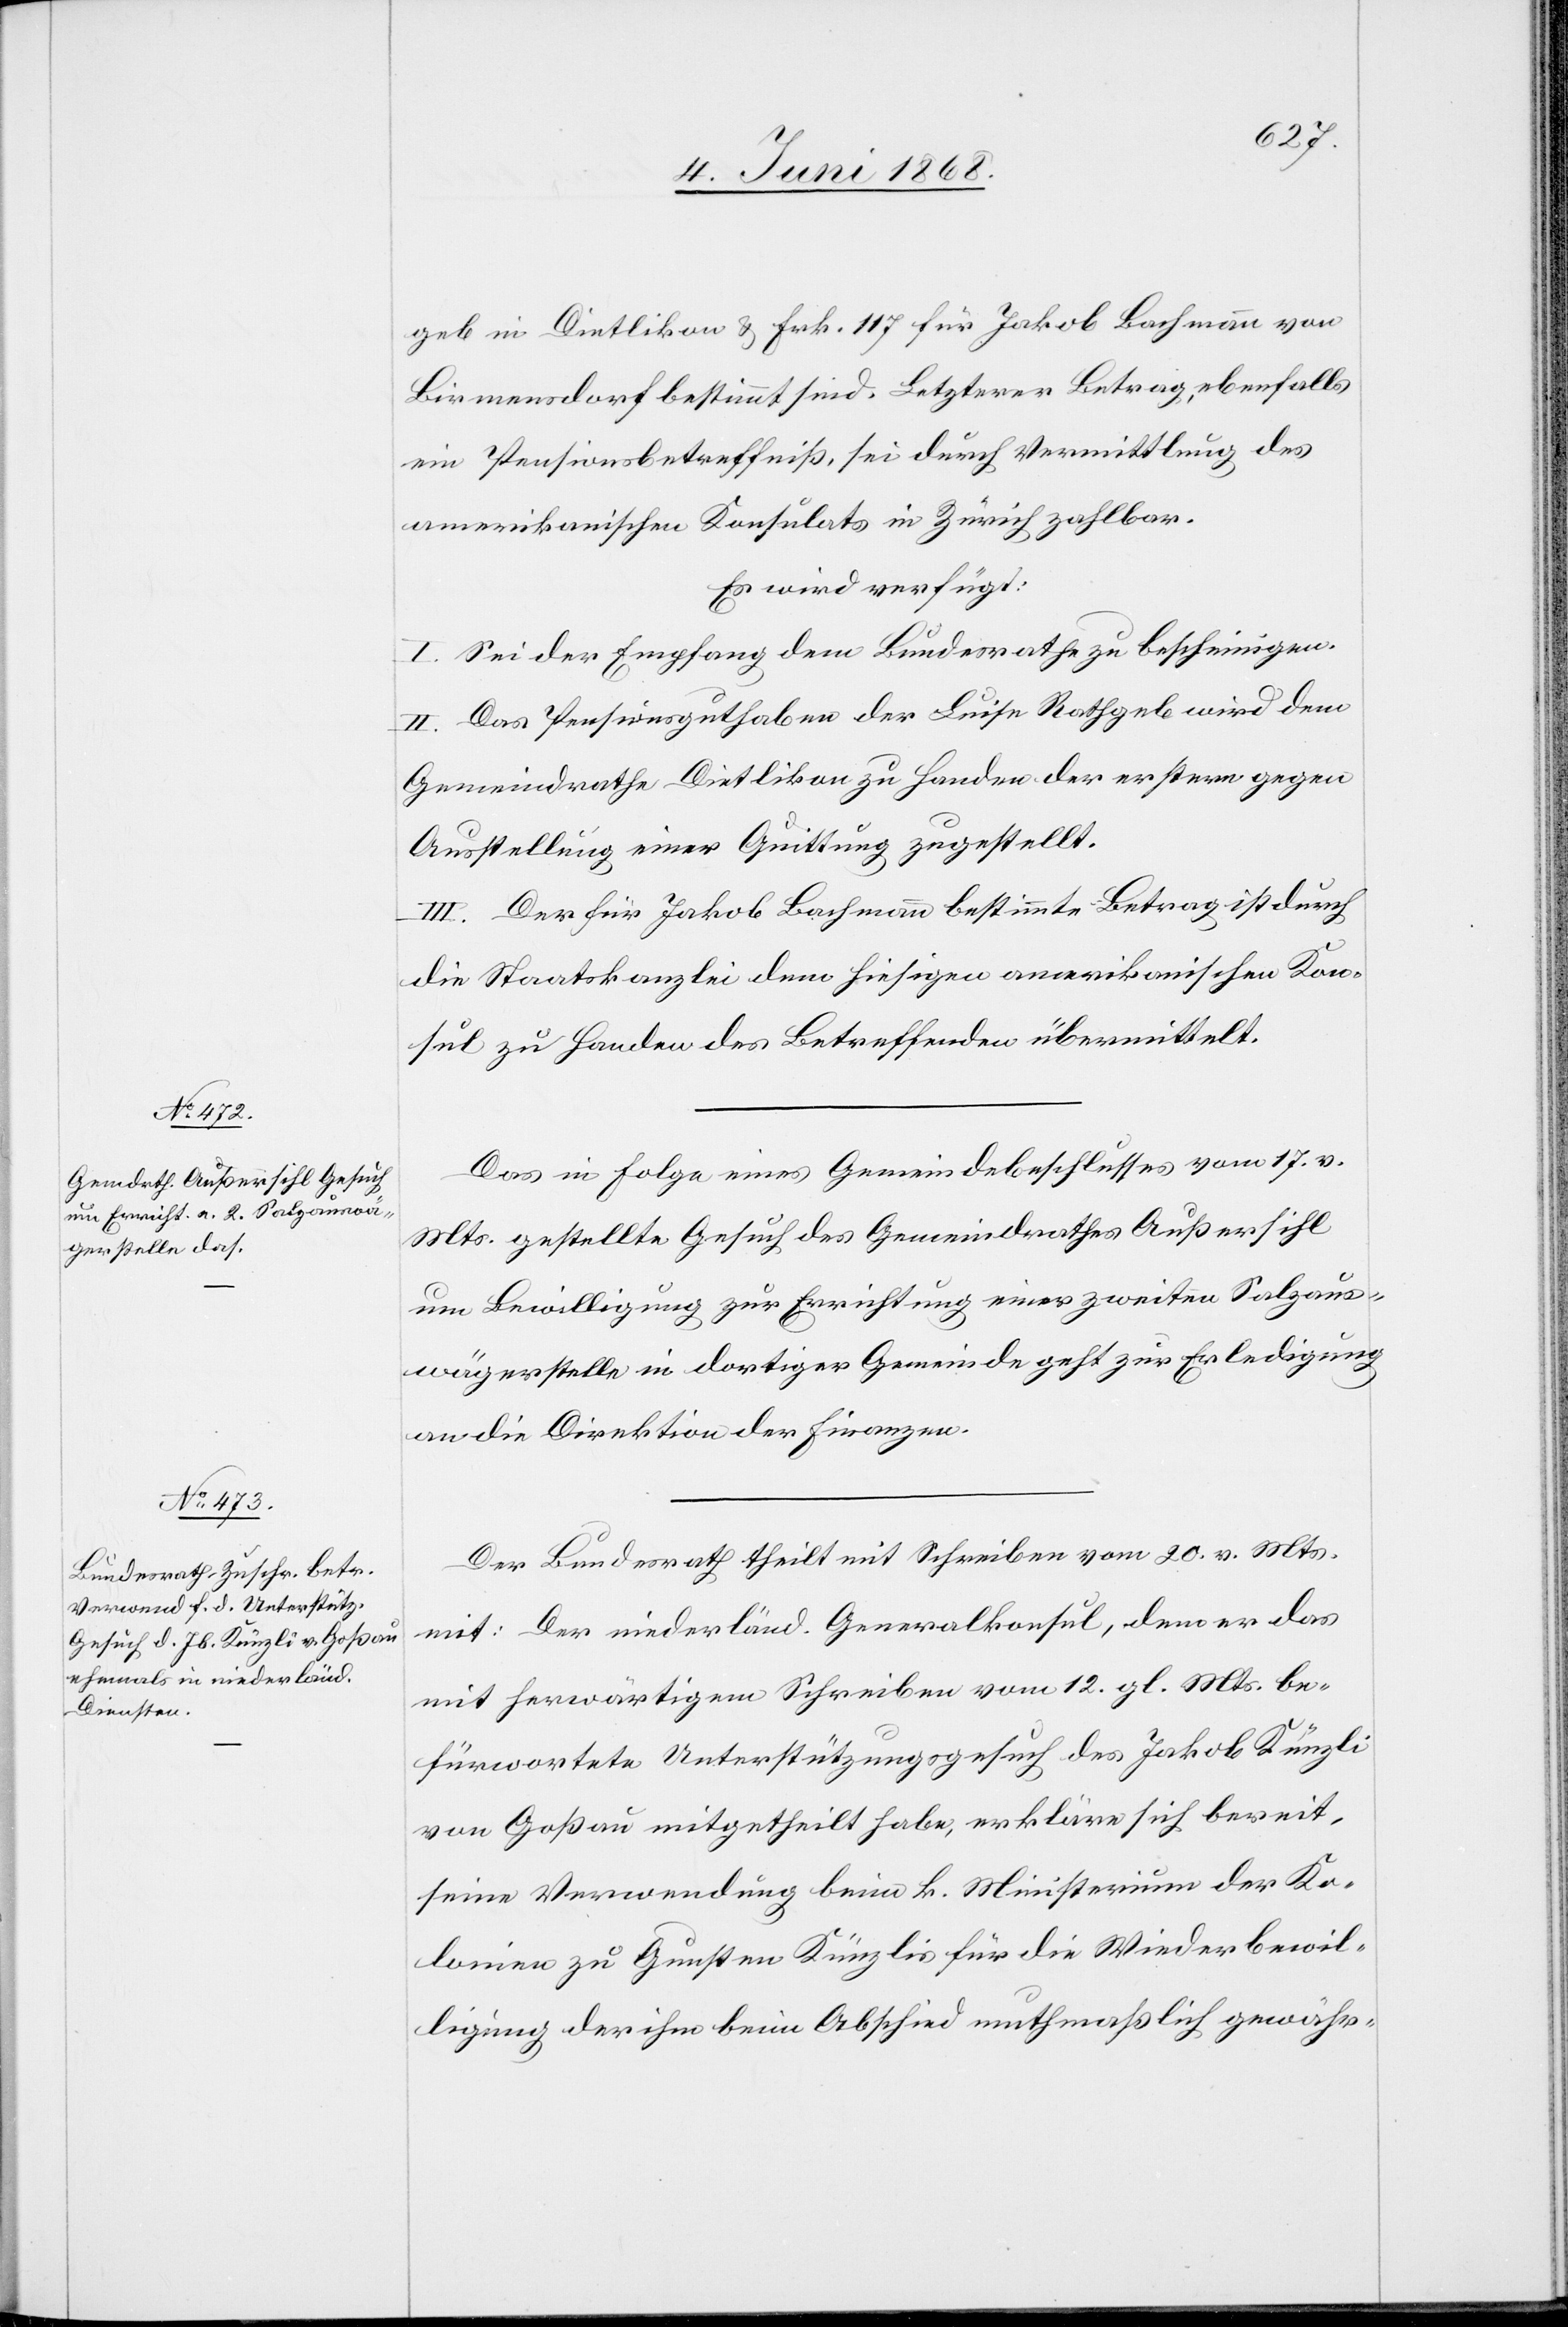
8. Juni 1868.]
geb in Dietlikon & Frk. 117 für Jakob Bachmann von
Birmensdorf bestimmt sind. Letzterer Betrag, ebenfalls
ein Pensionsbetreffniß, sei durch Vermittlung des
amerikanischen Konsulats in Zürich zahlbar.
Es wird verfügt:
I. Sei der Empfang dem Bundesrathe zu bescheinigen.
II. Das Pensionsguthaben der Luise Rathgeb wird dem
Gemeindrathe Dietlikon zu Handen der erstern gegen
Ausstellung einer Quittung zugestellt.
III. Der für Jakob Bachmann bestimmte Betrag ist durch
die Staatskanzlei dem hiesigen amerikanischen Kon¬
sul zu Handen des Betreffenden übermittelt.
Das in Folge eines Gemeindebeschlusses vom 17. v.
Mts. gestellte Gesuch des Gemeindrathes Außersihl
um Bewilligung zur Errichtung einer zweiten Salzaus¬
wägerstelle in dortiger Gemeinde geht zur Erledigung
an die Direktion der Finanzen.
Der Bundesrath theilt mit Schreiben vom 20. v. Mts.
mit: Der niederländ. Generalkonsul, dem er das
mit herwärtigem Schreiben vom 12. gl. Mts. be¬
fürwortete Unterstützungsgesuch des Jakob Künzli
von Goßau mitgetheilt habe, erkläre sich bereit,
seine Verwendung beim k. Ministerium der Ko¬
lonien zu Gunsten Künzlis für die Wiederbewil¬
ligung der ihm beim Abschied muthmaßlich gewähr-